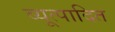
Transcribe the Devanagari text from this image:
व्यूत्पादित